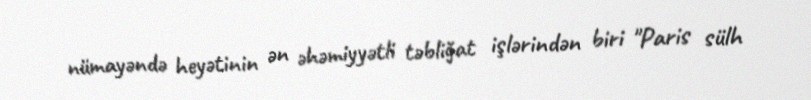
nümayəndə heyətinin ən əhəmiyyətli təbliğat işlərindən biri "Paris sülh